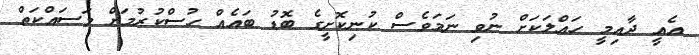
އެއީ ދާއިމީ ހައްލަކަށް ނުވި ނަމަވެސް ކުނިކޮށީގެ ބޮޑު ބައެއް ހުސްކުރުމަށް މަސައްކަތް